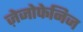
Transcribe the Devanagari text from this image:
ज़ेजोफेनिज